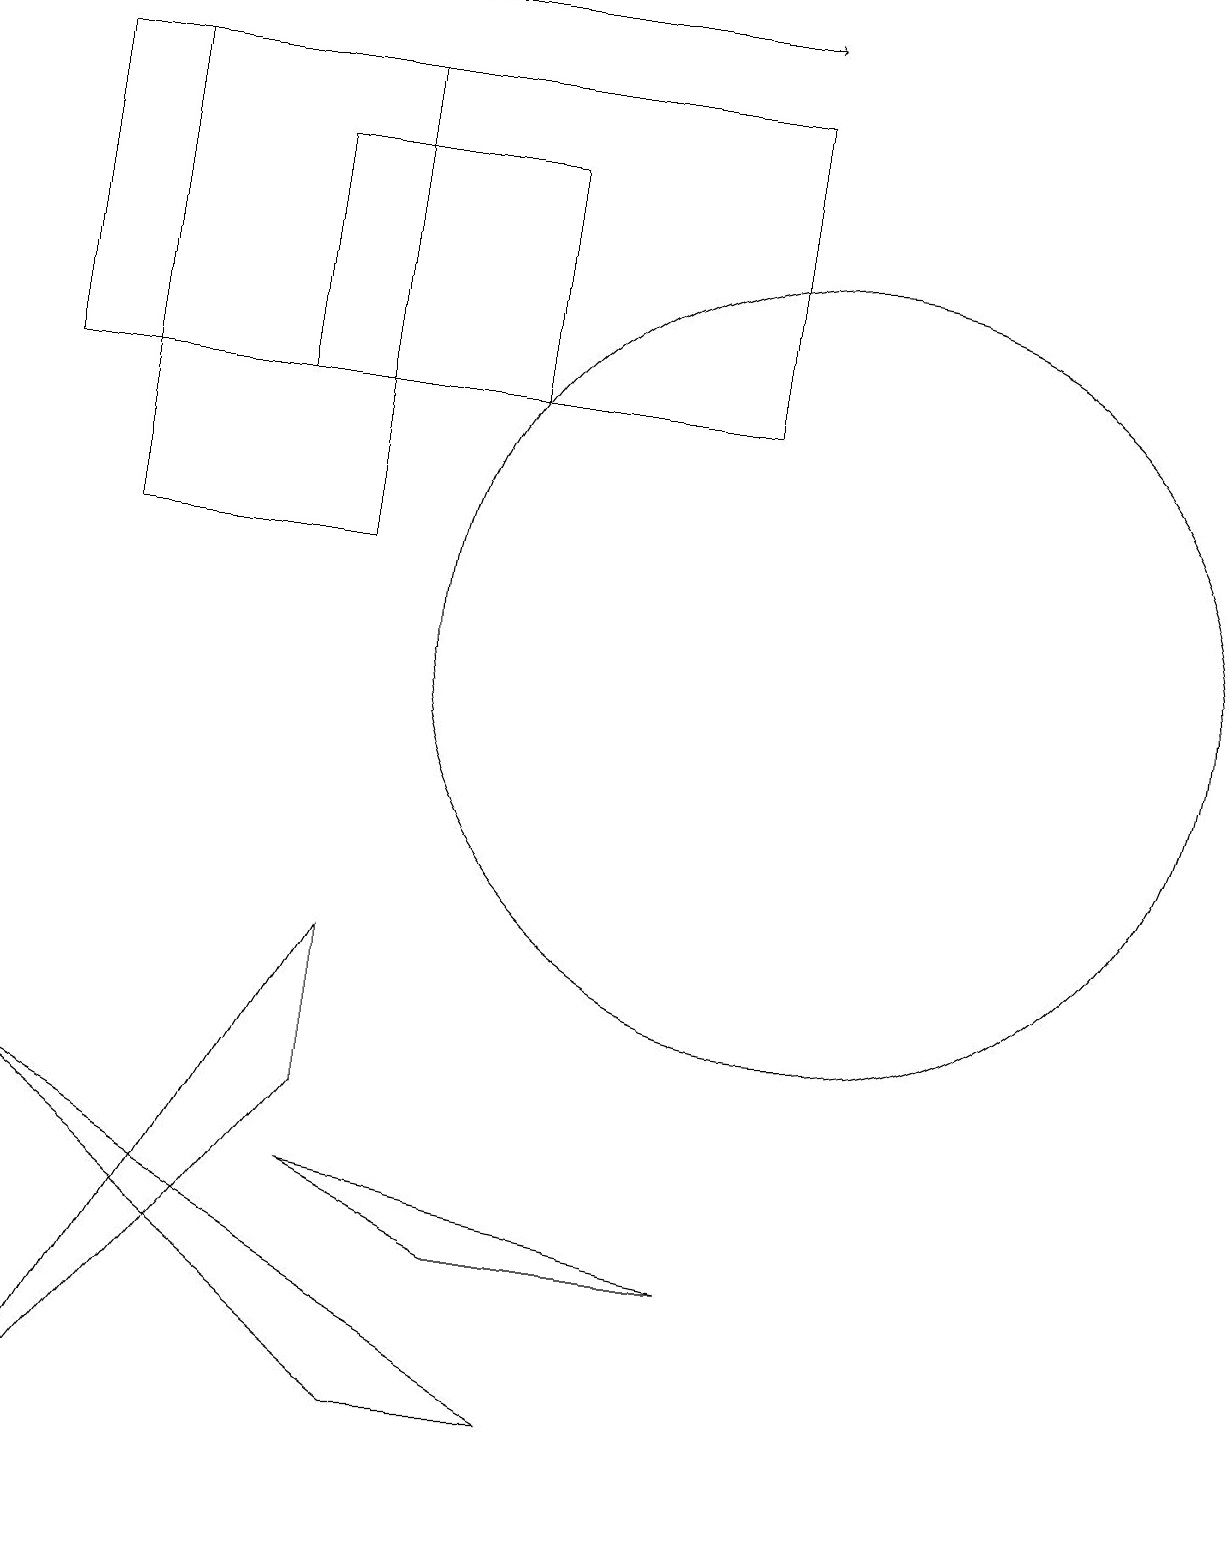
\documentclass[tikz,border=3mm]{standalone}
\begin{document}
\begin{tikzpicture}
\draw (9,18) rectangle (0,14);
\draw (3,17) rectangle (6,14);
\draw (10,11) circle (5);
\draw (5,1) -- (7,1) -- (0,5) -- cycle;
\draw (4,18) rectangle (1,12);
\draw[->] (1,19) -- (9,19);
\draw (0,0) -- (4,5) -- (4,7) -- cycle;
\draw (6,3) -- (4,4) -- (9,3) -- cycle;
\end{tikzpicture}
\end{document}